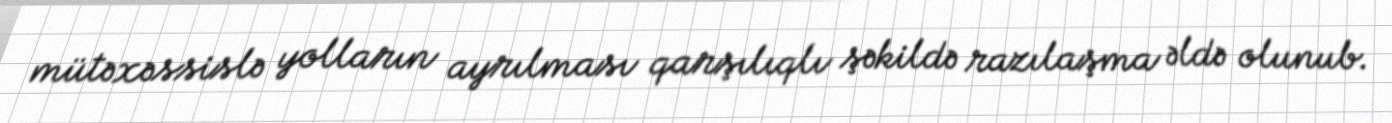
mütəxəssislə yolların ayrılması qarşılıqlı şəkildə razılaşma əldə olunub.